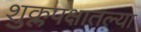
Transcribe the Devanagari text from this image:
शुक्लपक्षातल्या